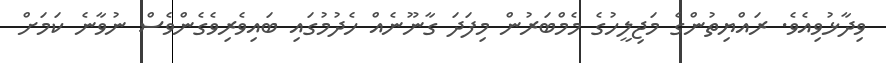
ވިދާޅުވިއެވެ. ރައްޔިތުންގެ މަޖިލީހުގެ މެމްބަރުން މިފަދަ ގާނޫނެއް ހެދުމުގައި ބައިވެރިވެގެންވެސް ނުވާނެ ކަމަށް